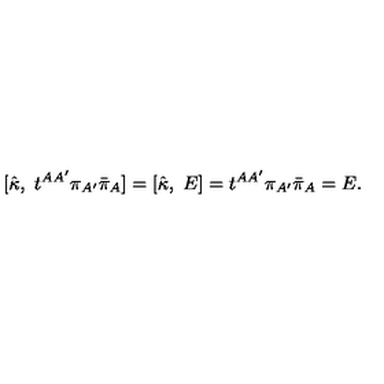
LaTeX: [ { \hat { \kappa } } , \ t ^ { A A ^ { \prime } } \pi _ { A ^ { \prime } } { \bar { \pi } } _ { A } ] = [ { \hat { \kappa } } , \ E ] = t ^ { A A ^ { \prime } } \pi _ { A ^ { \prime } } { \bar { \pi } } _ { A } = E .